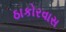
ઠાકોરવાસ